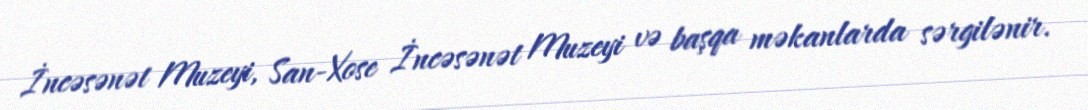
İncəsənət Muzeyi, San-Xose İncəsənət Muzeyi və başqa məkanlarda sərgilənir.